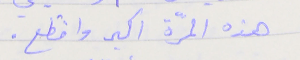
هذه المرّة اكبر وافظع .